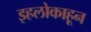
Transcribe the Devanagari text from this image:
इहलोकाहून